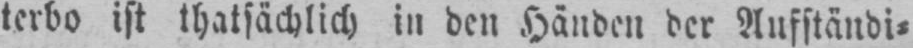
terbo ist thatsächlich in den Händen der Aufständi⸗